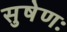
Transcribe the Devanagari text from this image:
सुषेणः